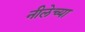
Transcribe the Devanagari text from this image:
नीलेच्या